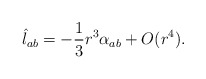
\begin{align*}\hat l_{ab} =-\frac{1}{3}r^3\alpha_{ab} + O(r^4).\end{align*}